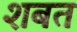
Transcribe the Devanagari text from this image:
शबत